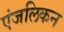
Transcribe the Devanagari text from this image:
एंजलिकन